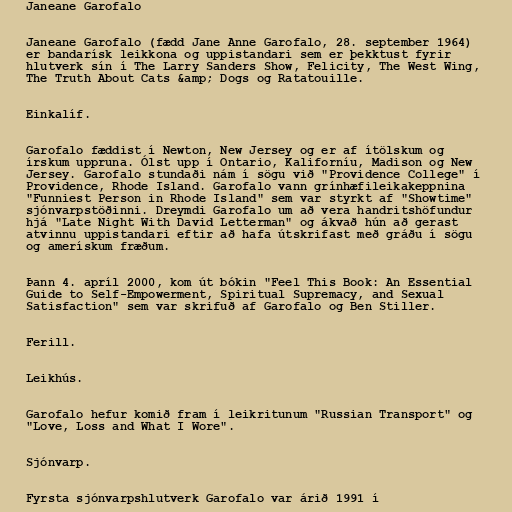
Janeane Garofalo

Janeane Garofalo (fædd Jane Anne Garofalo, 28. september 1964)
er bandarísk leikkona og uppistandari sem er þekktust fyrir
hlutverk sín í The Larry Sanders Show, Felicity, The West Wing,
The Truth About Cats &amp; Dogs og Ratatouille.

Einkalíf.

Garofalo fæddist í Newton, New Jersey og er af ítölskum og
írskum uppruna. Ólst upp í Ontario, Kaliforníu, Madison og New
Jersey. Garofalo stundaði nám í sögu við "Providence College" í
Providence, Rhode Island. Garofalo vann grínhæfileikakeppnina
"Funniest Person in Rhode Island" sem var styrkt af "Showtime"
sjónvarpstöðinni. Dreymdi Garofalo um að vera handritshöfundur
hjá "Late Night With David Letterman" og ákvað hún að gerast
atvinnu uppistandari eftir að hafa útskrifast með gráðu í sögu
og amerískum fræðum.

Þann 4. apríl 2000, kom út bókin "Feel This Book: An Essential
Guide to Self-Empowerment, Spiritual Supremacy, and Sexual
Satisfaction" sem var skrifuð af Garofalo og Ben Stiller.

Ferill.

Leikhús.

Garofalo hefur komið fram í leikritunum "Russian Transport" og
"Love, Loss and What I Wore".

Sjónvarp.

Fyrsta sjónvarpshlutverk Garofalo var árið 1991 í